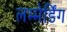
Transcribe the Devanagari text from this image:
लम्मेर्डिंग